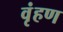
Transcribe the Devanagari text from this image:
वृंहण